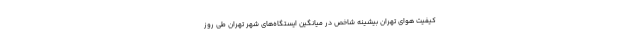
کیفیت هوای تهران بیشینه شاخص در میانگین ایستگاه‌های شهر تهران طی روز